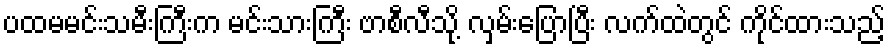
ပထမမင်းသမီးကြီးက မင်းသားကြီး ဗာစီလီသို့ လှမ်းပြောပြီး လက်ထဲတွင် ကိုင်ထားသည့်